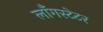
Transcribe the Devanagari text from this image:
लाँगस्टेटर